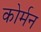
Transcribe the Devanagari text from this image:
कोर्मन